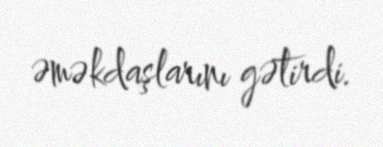
əməkdaşlarını gətirdi.